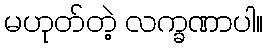
မဟုတ်တဲ့ လက္ခဏာပါ။